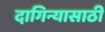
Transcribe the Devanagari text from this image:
दागिन्यासाठी